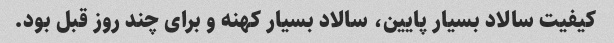
کیفیت سالاد بسیار پایین، سالاد بسیار کهنه و برای چند روز قبل بود.